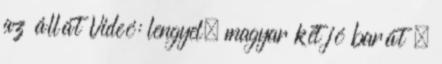
az állát Videó: lengyel, magyar két jó barát –